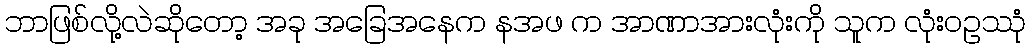
ဘာဖြစ်လို့လဲဆိုတော့ အခု အခြေအနေက နအဖ က အာဏာအားလုံးကို သူက လုံးဝဥဿုံ